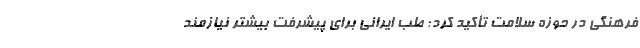
فرهنگی در حوزه سلامت تأکید کرد: طب ایرانی برای پیشرفت بیشتر نیازمند